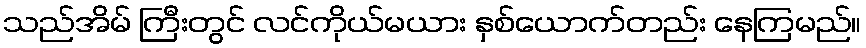
သည်အိမ် ကြီးတွင် လင်ကိုယ်မယား နှစ်ယောက်တည်း နေကြမည်။